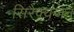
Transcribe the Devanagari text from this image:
सिरैक्यजन